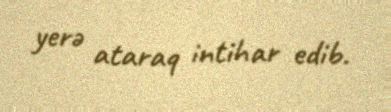
yerə ataraq intihar edib.